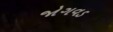
જોગવડ